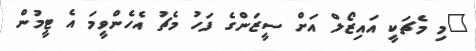
"މި މެޗަކީ އައިޒޯލް އަށް ސީޒަންގެ ފަހު މެޗު އެހެންވީމަ އެ ޓީމުން